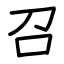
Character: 召